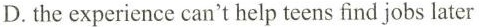
D.the experience can't help teens find jobs later